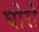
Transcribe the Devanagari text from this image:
घोरो